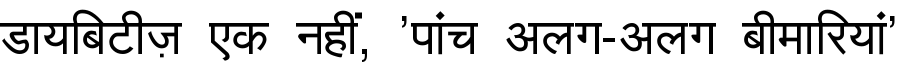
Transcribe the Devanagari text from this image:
डायबिटीज़ एक नहीं, 'पांच अलग-अलग बीमारियां'